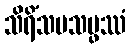
သိရိံသပသမ္ဖဿံ